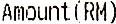
AMOUNT(RM)